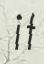
if